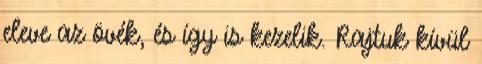
eleve az övék, és így is kezelik. Rajtuk kívül